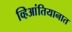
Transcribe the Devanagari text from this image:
व्हिआंतियानात